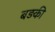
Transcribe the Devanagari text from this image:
बड़की